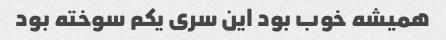
همیشه خوب بود این سری یکم سوخته بود